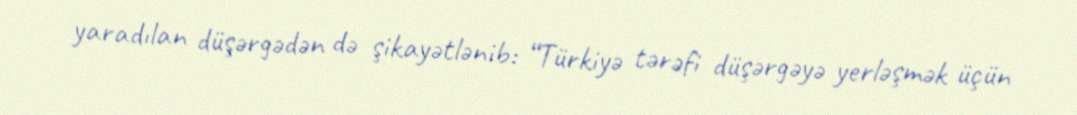
yaradılan düşərgədən də şikayətlənib: “Türkiyə tərəfi düşərgəyə yerləşmək üçün